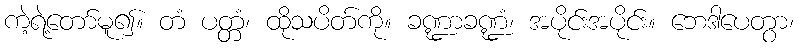
ကဲ့ရဲ့တော်မူ၍။ တံ ပတ္တံ၊ ထိုသပိတ်ကို။ ခဏ္ဍာခဏ္ဍံ၊ အပိုင်းအပိုင်း။ ဘေဒါပေတွာ၊